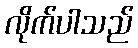
လိုက်ပါသည်